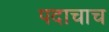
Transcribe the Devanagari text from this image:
पदाचाच